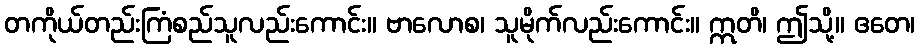
တကိုယ်တည်းကြံစည်သူလည်းကောင်း။ ဗာလောစ၊ သူမိုက်လည်းကောင်း။ ဣတိ၊ ဤသို့။ ဧတေ၊